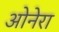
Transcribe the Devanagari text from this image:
ओनेरा